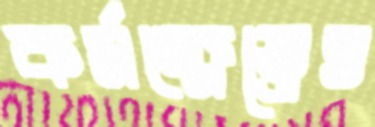
কর্মক্ষেত্রেও